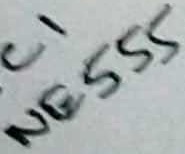
Text: NE555